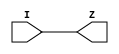
/*
 * tt_um_loopback_ericsmi.v
 *
 * Loopback test user module, with basic skew measurement,
 * and clock jitter measurement flop
 *
 * Extended from:
 * https://github.com/TinyTapeout/tt05-loopback
 *
 */

`default_nettype none
`timescale 1ns/10ps

/////////////////////////////////////////////////////////////
`define BEHAV
`define LB_DELAY
/////////////////////////////////////////////////////////////
// helper modules

module buff2(input I, output Z);
`ifdef BEHAV
  assign `LB_DELAY Z = I;
`else
  sky130_fd_sc_hd__buf_2 sky130_fd_sc_hd__buf_2(.A(I),.X(Z));
`endif
endmodule

module split(input I, output A,B,C);
  wire t;
  buff2 buff2(.I(I),.Z(t));
  buff2 buff2a(.I(t),.Z(A));
  buff2 buff2b(.I(t),.Z(B));
  buff2 buff2c(.I(t),.Z(C));
endmodule

module rdffe(input D,E,CLK,RSTN, output Q);
  reg FF;
  always @(negedge RSTN or posedge CLK)
    if( ~RSTN )
	  FF <= 0;
	else begin
	  if (E) FF <= D;
	end
  assign `LB_DELAY Q = FF;
endmodule

module dff(input D,CLK, output Q);
  reg FF;
  always @(posedge CLK)
    FF <= D;
  assign `LB_DELAY Q = FF;
endmodule

module mux8(input [7:0] I, input [2:0] S, output Z);
`ifdef BEHAV
  assign `LB_DELAY Z = S[2] ? 
      ( S[1] ? ( S[0] ? I[7] : I[6] ) : ( S[0] ? I[5] : I[4] ) ): 
      ( S[1] ? ( S[0] ? I[3] : I[2] ) : ( S[0] ? I[1] : I[0] ) );
`else
  wire [1:0] w;
        sky130_fd_sc_hd__mux4_2 sky130_fd_sc_hd__mux4_2_0(
                .S1(S[1]),.S0(S[0]),
                .A0(I[0]),.A1(I[1]),.A2(I[2]),.A3(I[3]),
                .X(w[0]));
        sky130_fd_sc_hd__mux4_2 sky130_fd_sc_hd__mux4_2_1(
                .S1(S[1]),.S0(S[0]),
                .A0(I[4]),.A1(I[5]),.A2(I[6]),.A3(I[7]),
                .X(w[1]));
        sky130_fd_sc_hd__mux2_2 sky130_fd_sc_hd__mux2_2(
                .S(S[2]),
                .A0(w[0]),.A1(w[1]),
                .X(Z));
`endif
endmodule

/////////////////////////////////////////////////////////////

module tt_um_loopback_ericsmi (
	input  wire [7:0] ui_in,	// Dedicated inputs
	output wire [7:0] uo_out,	// Dedicated outputs
	input  wire [7:0] uio_in,	// IOs: Input path
	output wire [7:0] uio_out,	// IOs: Output path
	output wire [7:0] uio_oe,	// IOs: Enable path (active high: 0=input, 1=output)
	input  wire       ena,
	input  wire       clk,
	input  wire       rst_n
);

    wire [7:0] ui_ina; // for measurement
    wire [7:0] ui_inb; // for internal use, avoid loading measurement
    wire [7:0] ui_inc; // for measurement

    wire rst_n_a, rst_n_b, rst_n_c;

    wire en,D,mCLK,Qp,Qp_bypassed,Qn,Qn_bypassed,Qj;

    wire default_mode_n; // when 0, match the behavior of tt05-loopback
    wire bypass;

    reg [3:0] clk_div;

    split split_rst_n (
        .I(rst_n),
        .A(rst_n_a), 
        .B(rst_n_b),
        .C(rst_n_c) 
    );

    split split_ui_in [7:0] (
        .I(ui_in[7:0]),
        .A(ui_ina[7:0]), 
        .B(ui_inb[7:0]),
        .C(ui_inc[7:0]) 
    );

    rdffe rdffe_uio [7:0] (
        .D(uio_in[7:0]),
        .E({8{en}}),
        .CLK(clk),
        .RSTN({8{rst_n_a}}),
        .Q(uio_out[7:0])
    );

    rdffe rdffe_jitter (
        .D(~Qj),
      	.E(en & default_mode_n),
        .CLK(clk),
	      .RSTN(rst_n_b),
	      .Q(Qj)
    );

    assign bypass = uio_out[7];
    assign default_mode_n = uio_out[6];

    assign en = &ui_inb[7:4];
    assign uio_oe[7:0] = {8{~en}};

    assign uo_out[3:0] = default_mode_n ? {4{Qp_bypassed}} : {4{ui_inb[0]}};
    assign uo_out[4] = default_mode_n ? Qn_bypassed : ui_inb[0];
    assign uo_out[5] = default_mode_n ? Qj : ui_inb[0]; 
    assign uo_out[6] = ui_inb[0];  // same as tt05-loopback

    // connectivity for all inputs
    // technically ena should always be high, so force en=0 then toggle rst_n
    // this should make an ok RTT for rst_n possible

    assign uo_out[7] = rst_n_c ? en : ena; 

    // This structure does its best to keep in-tile skew the same.
    // I can't account for PnR on TT but the buffers should dominate the delay
    // and we ensure there are the same numbers and sizes of those.
    // As this tile is mostly empty I anticapte the flow should do ok at PnR. 

    mux8 mux8_d( .I(ui_ina[7:0]), .S(uio_out[2:0]), .Z(D));   
    mux8 mux8_c( .I(ui_inc[7:0]), .S(uio_out[5:3]), .Z(mCLK)); 
    
    // This is the phase measurement
    //   Start with Q=0, 
    //   Then put a rising edge on D and CLK on the outside of the IC
    //   If Q=0 then mCLK arrived before D, if Q=1 then D arrived before mCLK
    //   This allows racing inputs vs one another. 
    //   The amount of delay adjust needed on outside of the IC to make 
    //   Q toggle is the amount of skew in path from IC input pin to tile input pin. 

    dff dffp( .D(D), .CLK(mCLK), .Q(Qp));  // test arrival of posedge
    dff dffn( .D(D), .CLK(~mCLK), .Q(Qn)); // test arrival of negedge

    assign Qp_bypassed = bypass ? D : Qp;
    assign Qn_bypassed = bypass ? D : Qn;

endmodule // tt_um_loopback